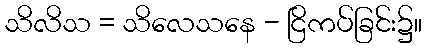
သိလိသ = သိလေသနေ - ငြိကပ်ခြင်း၌။